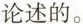
论述的。